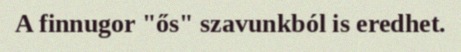
A finnugor "ős" szavunkból is eredhet.